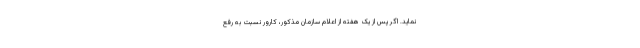
نماید. اگر پس از یک هفته از اعلام سازمان مذکور، کارور نسبت به رفع